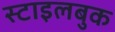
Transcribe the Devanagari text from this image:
स्टाइलबुक